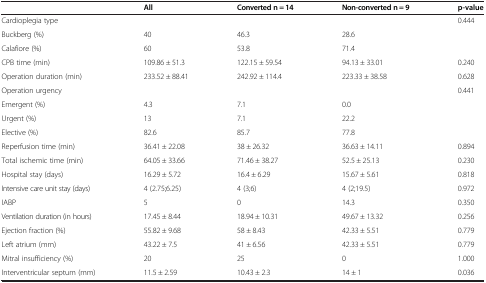
<table><thead><tr><td><b> </b></td><td><b>All</b></td><td><b>Converted n = 14</b></td><td><b>Non-converted n = 9</b></td><td><b>p-value</b></td></tr></thead><tbody><tr><td>Cardioplegia type</td><td> </td><td> </td><td> </td><td>0.444</td></tr><tr><td>Buckberg (%)</td><td>40</td><td>46.3</td><td>28.6</td><td> </td></tr><tr><td>Calafiore (%)</td><td>60</td><td>53.8</td><td>71.4</td><td> </td></tr><tr><td>CPB time (min)</td><td>109.86 ± 51.3</td><td>122.15 ± 59.54</td><td>94.13 ± 33.01</td><td>0.240</td></tr><tr><td>Operation duration (min)</td><td>233.52 ± 88.41</td><td>242.92 ± 114.4</td><td>223.33 ± 38.58</td><td>0.628</td></tr><tr><td>Operation urgency</td><td> </td><td> </td><td> </td><td>0.441</td></tr><tr><td>Emergent (%)</td><td>4.3</td><td>7.1</td><td>0.0</td><td> </td></tr><tr><td>Urgent (%)</td><td>13</td><td>7.1</td><td>22.2</td><td> </td></tr><tr><td>Elective (%)</td><td>82.6</td><td>85.7</td><td>77.8</td><td> </td></tr><tr><td>Reperfusion time (min)</td><td>36.41 ± 22.08</td><td>38 ± 26.32</td><td>36.63 ± 14.11</td><td>0.894</td></tr><tr><td>Total ischemic time (min)</td><td>64.05 ± 33.66</td><td>71.46 ± 38.27</td><td>52.5 ± 25.13</td><td>0.230</td></tr><tr><td>Hospital stay (days)</td><td>16.29 ± 5.72</td><td>16.4 ± 6.29</td><td>15.67 ± 5.61</td><td>0.818</td></tr><tr><td>Intensive care unit stay (days)</td><td>4 (2.75;6.25)</td><td>4 (3;6)</td><td>4 (2;19.5)</td><td>0.972</td></tr><tr><td>IABP</td><td>5</td><td>0</td><td>14.3</td><td>0.350</td></tr><tr><td>Ventilation duration (in hours)</td><td>17.45 ± 8.44</td><td>18.94 ± 10.31</td><td>49.67 ± 13.32</td><td>0.256</td></tr><tr><td>Ejection fraction (%)</td><td>55.82 ± 9.68</td><td>58 ± 8.43</td><td>42.33 ± 5.51</td><td>0.779</td></tr><tr><td>Left atrium (mm)</td><td>43.22 ± 7.5</td><td>41 ± 6.56</td><td>42.33 ± 5.51</td><td>0.779</td></tr><tr><td>Mitral insufficiency (%)</td><td>20</td><td>25</td><td>0</td><td>1.000</td></tr><tr><td>Interventricular septum (mm)</td><td>11.5 ± 2.59</td><td>10.43 ± 2.3</td><td>14 ± 1</td><td>0.036</td></tr></tbody></table>